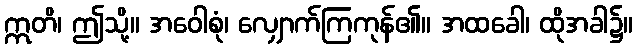
ဣတိ၊ ဤသို့။ အဝေါစုံ၊ လျှောက်ကြကုန်၏။ အထခေါ၊ ထိုအခါ၌။